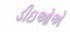
ડીઇઓએ